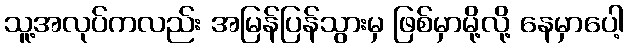
သူ့အလုပ်ကလည်း အမြန်ပြန်သွားမှ ဖြစ်မှာမို့လို့ နေမှာပေါ့